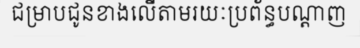
ជម្រាបជូនខាងលើតាមរយៈប្រព័ន្ធបណ្តាញ